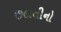
છલતીનો